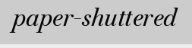
paper-shuttered